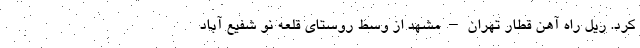
کرد. ریل راه آهن قطار تهران–مشهد از وسط روستای قلعه نو شفیع آباد